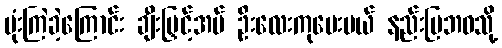
ဗုံးကြဲခဲ့ကြောင်း ချီးမြှင့်အပ် ဦးလေးကုပေးမယ် နည်းပြဘဝသို့